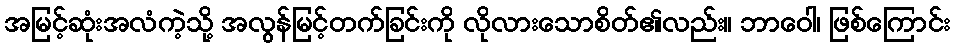
အမြင့်ဆုံးအလံကဲ့သို့ အလွန်မြင့်တက်ခြင်းကို လိုလားသောစိတ်၏လည်း။ ဘာဝေါ၊ ဖြစ်ကြောင်း